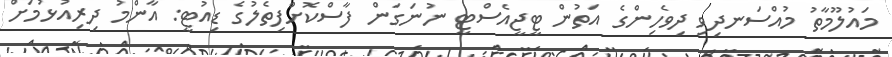
މައުލޫމާތު މުއްސަނދިވި ދިވެހިންގެ އަތުން ޓީޖީއެސްޓީ ނުނަގަން ފާސްކޮށްފިތެލުގެ ޑިއުޓީ: އާންމު ދިރިއުޅުމަށް